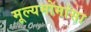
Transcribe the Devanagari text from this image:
मूल्यमोमांसा